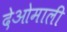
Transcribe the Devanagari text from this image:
देओमाली